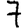
Digit: 7